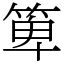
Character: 箄